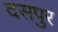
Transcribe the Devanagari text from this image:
दसपुर